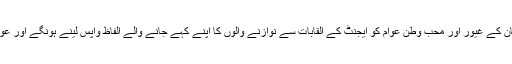
اپنی حکومت بچانے کی خاطر گلگت بلتستان کے غیور اور محب وطن عوام کو ایجنٹ کے القابات سے نوازنے والوں کا اپنے کہے جانے والے الفاظ واپس لینے ہونگے اور عوام کی دل آزاری پر معافی مانگنی چاہئیے۔